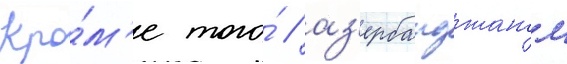
Кро́м'е того́ / аз'ербаиджаном